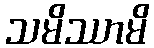
သမိဿာမိ